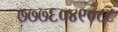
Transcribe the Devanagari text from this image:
७७७६०४९०८८